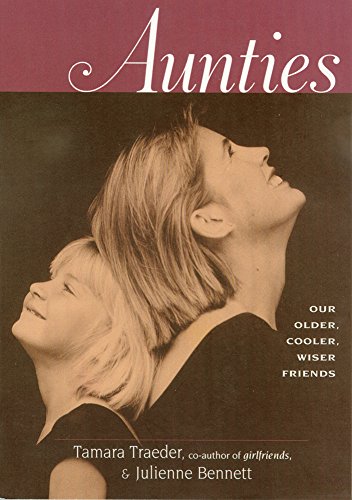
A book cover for Aunties: Our Older, Cooler, Wiser Friends; Tamara Traeder; Parenting & Relationships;